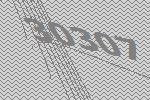
30307